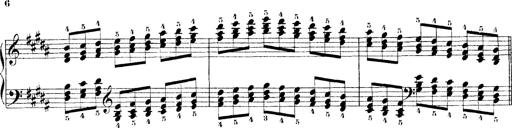
Title: Technische Studien
Composer: Franz Liszt